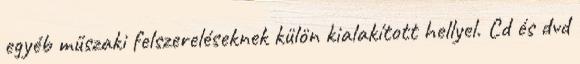
egyéb műszaki felszereléseknek külön kialakított hellyel. Cd és dvd